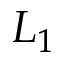
L _ { 1 }